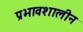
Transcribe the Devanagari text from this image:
प्रभावशालीन